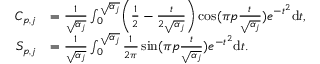
\begin{array} { r l } { C _ { p , j } } & { = \frac { 1 } { \sqrt { \alpha _ { j } } } \int _ { 0 } ^ { \sqrt { \alpha _ { j } } } \biggr ( \frac { 1 } { 2 } - \frac { t } { 2 \sqrt { \alpha _ { j } } } \biggr ) \cos ( \pi p \frac { t } { \sqrt { \alpha _ { j } } } ) e ^ { - t ^ { 2 } } \mathrm { d } t , } \\ { S _ { p , j } } & { = \frac { 1 } { \sqrt { \alpha _ { j } } } \int _ { 0 } ^ { \sqrt { \alpha _ { j } } } \frac { 1 } { 2 \pi } \sin ( \pi p \frac { t } { \sqrt { \alpha _ { j } } } ) e ^ { - t ^ { 2 } } \mathrm { d } t . } \end{array}